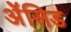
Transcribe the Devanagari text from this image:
ॲेसिड